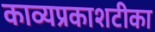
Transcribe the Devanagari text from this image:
काव्यप्रकाशटीका